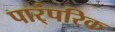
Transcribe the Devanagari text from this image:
पार्ंपरिक